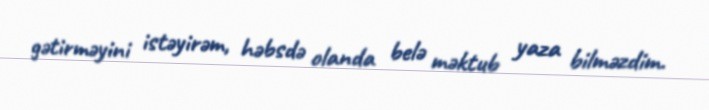
gətirməyini istəyirəm, həbsdə olanda belə məktub yaza bilməzdim.